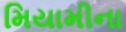
મિયામીના